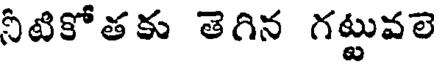
నీటికోతకు తెగిన గట్టువలె